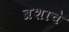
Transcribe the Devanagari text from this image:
ब्रशाचे